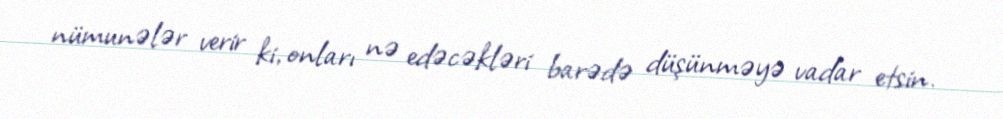
nümunələr verir ki, onları nə edəcəkləri barədə düşünməyə vadar etsin.